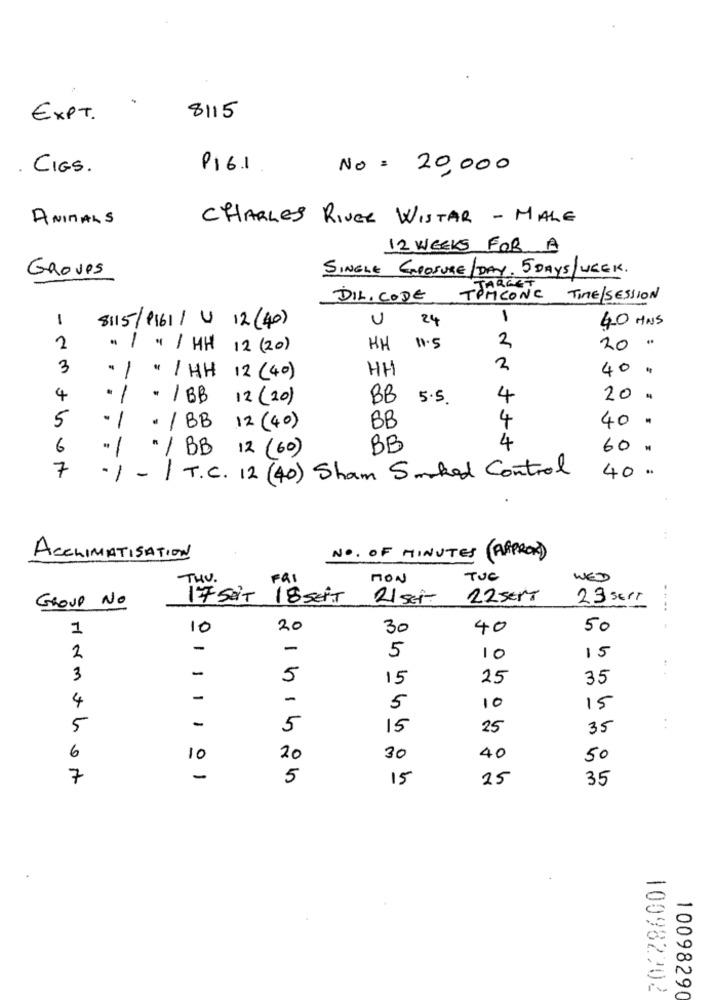
EXPT.
8115
CIGS.
P161
No= 20,000
ANIMALS
CHARLES RIVER WISTAR - MALE
12 WEEKS FOR A
GROves
SINGLE ENPOSURE/DAY. 5 DAYS/ WEEK.
TTARGET
DILI CODE
ICONE TIME/SESSION
1
U
24
1
40 ANS
8115/1161/ U 12 (40)
11.5
2
. 1 9/ HH 12 (20)
HH
20 "
3
HH
2
40 %
.1
" /HH 12 (40)
4
. 1
* / BB
12 (20)
BB
5.5 .
4
20 .
5
-1
BB
4
40 .
· / BB
12 (40)
6
-
BB
4
60 %
* / BB 12 (60)
7
-1
40 .
-/ T.C. 12 (40) Sham Smoked Control
ACCLIMATISATION
NO. OF MINUTES ( APPROX)
NON
TUC
WED
Fai
GROUP NO
T7 seit 18SEIT 21 set
22 serT
23 sert
..
1
10
20
30
40
50
-
-
5
2
10
15
3
5
15
25
35
4
-
-
5
10
15
5
-
5
15
25
35
6
10
20
30
40
50
7
-
5
15
25
35
100982202
10098290